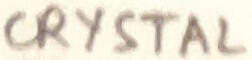
Text: CRYSTAL